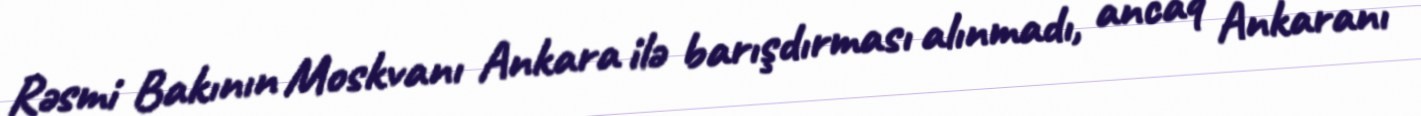
Rəsmi Bakının Moskvanı Ankara ilə barışdırması alınmadı, ancaq Ankaranı